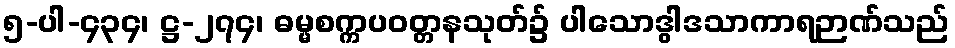
၅-ပါ-၄၃၄၊ ဋ္ဌ-၂၇၄၊ ဓမ္မစက္ကပဝတ္တနသုတ်၌ ပါသောဒွါဒသာကာရဉာဏ်သည်